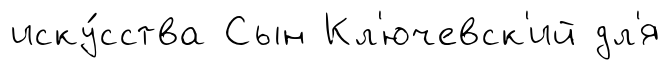
иску́сства Сын Кл'ючевск'ий дл'я